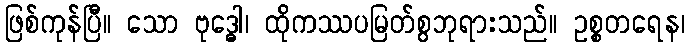
ဖြစ်ကုန်ပြီ။ သော ဗုဒ္ဓေါ၊ ထိုကဿပမြတ်စွဘုရားသည်။ ဥစ္စတရေန၊